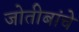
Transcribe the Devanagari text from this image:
जोतीबांचे